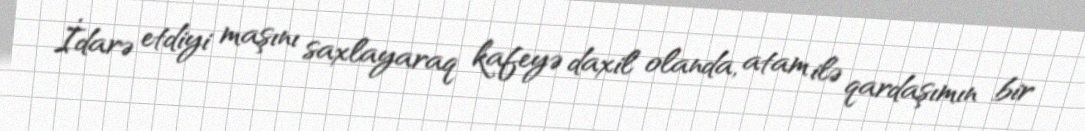
İdarə etdiyi maşını saxlayaraq kafeyə daxil olanda, atam ilə qardaşımın bir